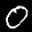
Label: 0